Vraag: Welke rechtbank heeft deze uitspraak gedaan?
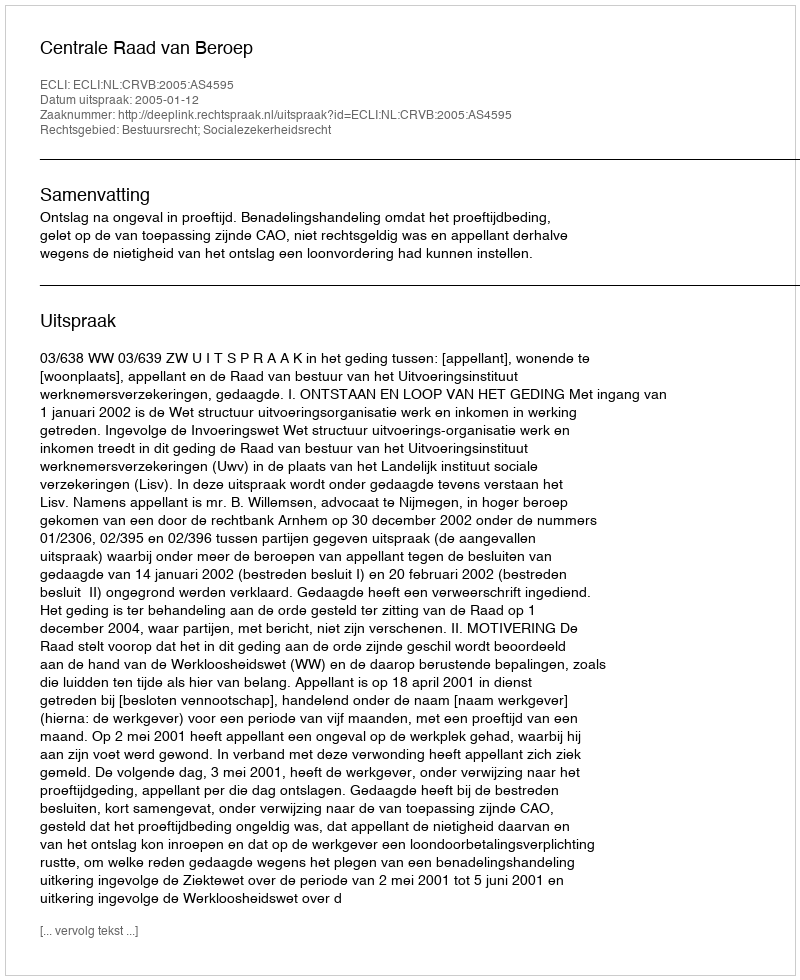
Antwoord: Centrale Raad van Beroep